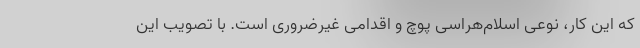
که این کار، نوعی اسلام‌هراسی پوچ و اقدامی غیرضروری است. با تصویب این